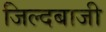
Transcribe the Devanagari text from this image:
जिल्दबाजी